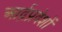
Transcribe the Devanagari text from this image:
आर्द्रप्रदेशों